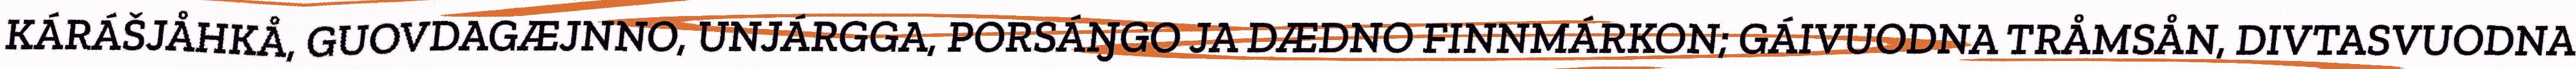
KÁRÁŠJÅHKÅ, GUOVDAGÆJNNO, UNJÁRGGA, PORSÁŊGO JA DÆDNO FINNMÁRKON; GÁIVUODNA TRÅMSÅN, DIVTASVUODNA